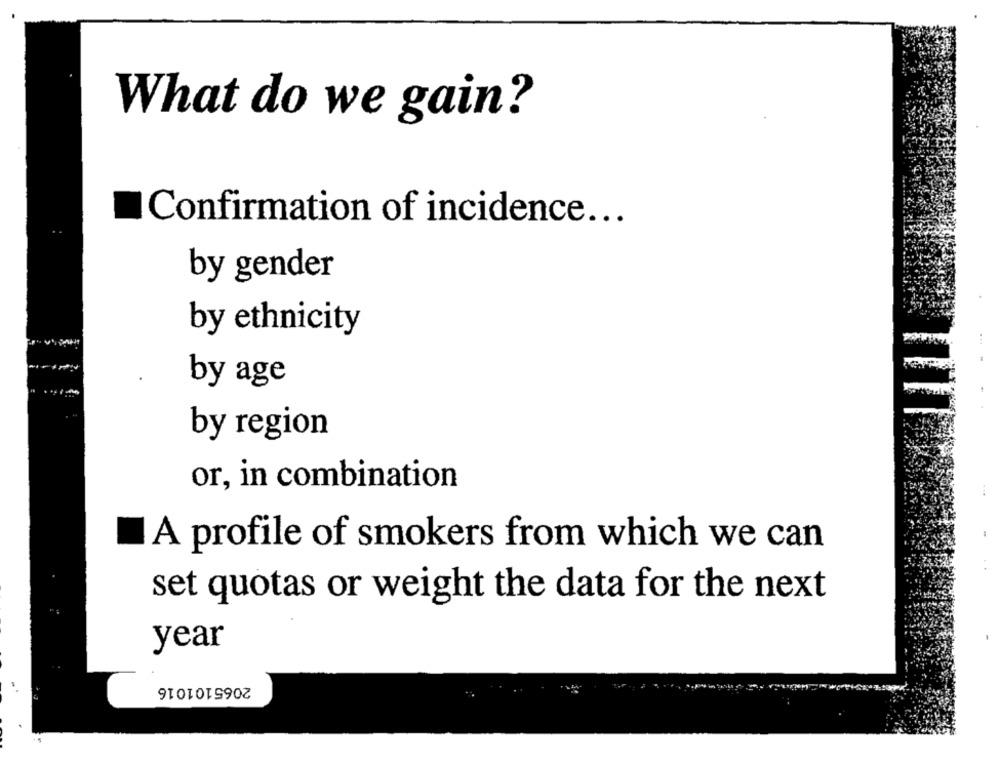
What do we gain?
Confirmation of incidence ...
by gender
by ethnicity
by age
by region
or, in combination
A profile of smokers from which we can
set quotas or weight the data for the next
year
2065101016